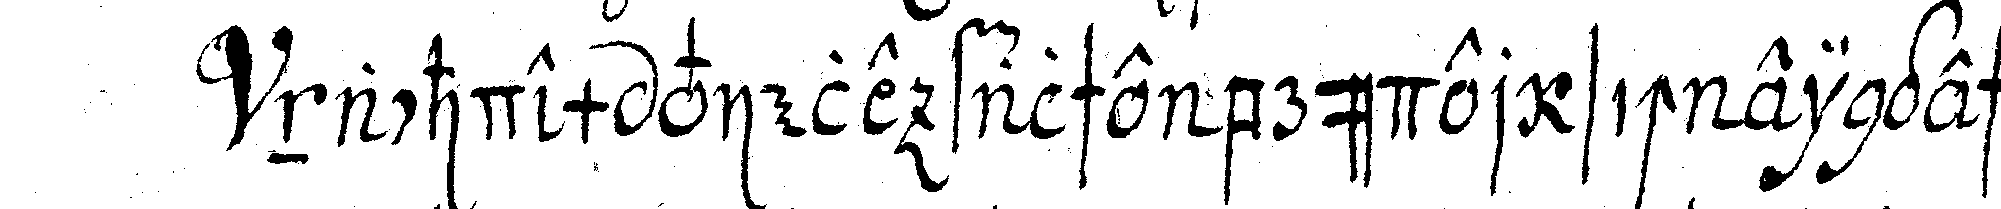
nachdem viele falsche brüder sich eingeschli